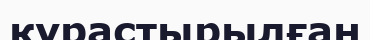
күрастырылған